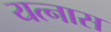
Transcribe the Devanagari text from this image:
यत्नास